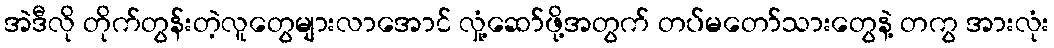
အဲဒီလို တိုက်တွန်းတဲ့လူတွေများလာအောင် လှုံ့ဆော်ဖို့အတွက် တပ်မတော်သားတွေနဲ့ တကွ အားလုံး